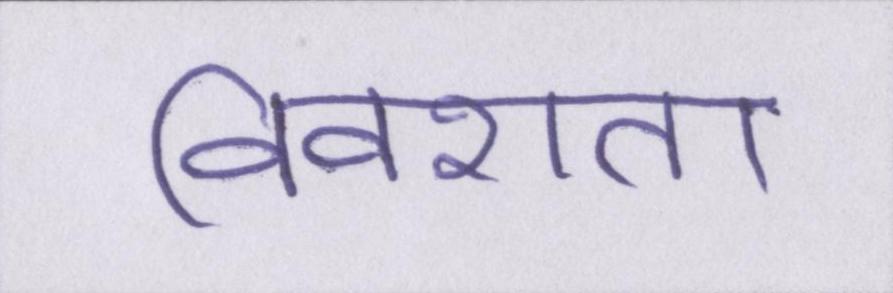
विवशता